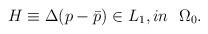
LaTeX: \begin{align*}\begin{aligned}H\equiv\Delta(p-\bar{p})\in L_{1}, in~~\Omega_{0}.\end{aligned}\end{align*}